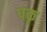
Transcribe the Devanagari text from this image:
पकृ